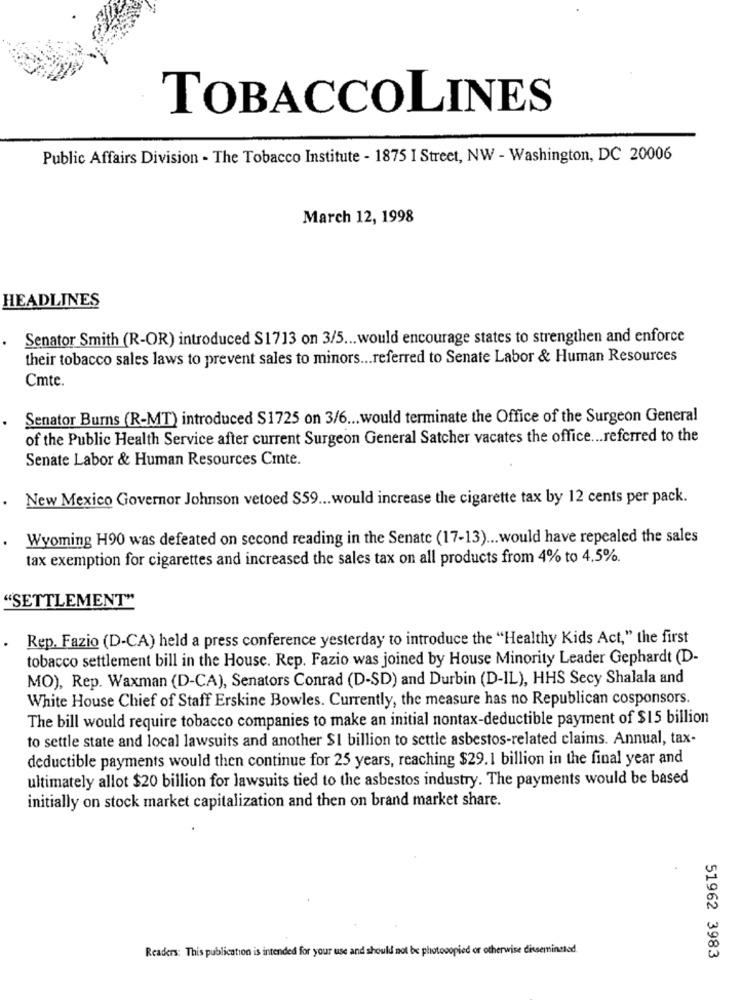
TOBACCOLINES
Public Affairs Division - The Tobacco Institute - 1875 I Street, NW - Washington, DC 20006
March 12, 1998
HEADLINES
Senator Smith (R-OR) introduced S1713 on 3/5 ... would encourage states to strengthen and enforce
their tobacco sales laws to prevent sales to minors ... referred to Senate Labor & Human Resources
Cmte.
Senator Burns (R-MT) introduced $1725 on 3/6 ... would terminate the Office of the Surgeon General
of the Public Health Service after current Surgeon General Satcher vacates the office ... referred to the
Senate Labor & Human Resources Cinte.
New Mexico Governor Johnson vetoed $59 ... would increase the cigarette tax by 12 cents per pack.
Wyoming H90 was defeated on second reading in the Senate (17-13) ... would have repealed the sales
tax exemption for cigarettes and increased the sales tax on all products from 4% to 4,5%.
"SETTLEMENT"
Rep. Fazio (D-CA) held a press conference yesterday to introduce the "Healthy Kids Act," the first
tobacco settlement bill in the House. Rep. Fazio was joined by House Minority Leader Gephardt (D-
MO), Rep. Waxman (D-CA), Senators Conrad (D-SD) and Durbin (D-IL), HHS Secy Shalala and
White House Chief of Staff Erskine Bowles. Currently, the measure has no Republican cosponsors.
The bill would require tobacco companies to make an initial nontax-deductible payment of $15 billion
to settle state and local lawsuits and another $1 billion to settle asbestos-related claims. Annual, tax-
deductible payments would then continue for 25 years, reaching $29.1 billion in the final year and
ultimately allot $20 billion for lawsuits tied to the asbestos industry. The payments would be based
initially on stock market capitalization and then on brand market share.
Readers: This publication is intended for your use and should not be photocopied or otherwise disseminated.
51962 3983